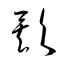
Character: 欸